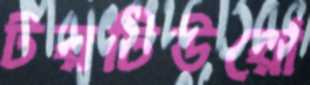
টরটিউরো